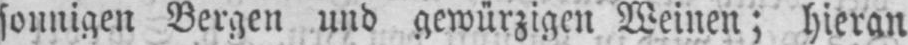
sonnigen Bergen und gewürzigen Weinen; hieran